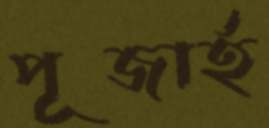
পূজার্হ